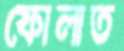
ফোলাত